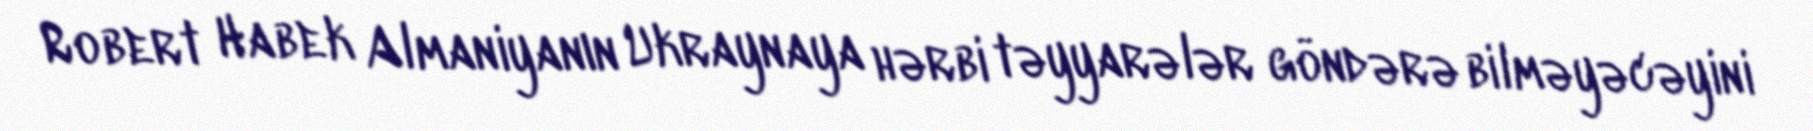
Robert Habek Almaniyanın Ukraynaya hərbi təyyarələr göndərə bilməyəcəyini